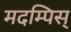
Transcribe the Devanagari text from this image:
मदम्पिस्